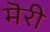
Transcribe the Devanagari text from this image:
मॆरी